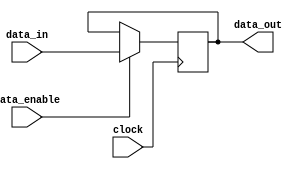
module data_enable_latch (
  input wire clock,
  input wire data_in,
  input wire data_enable,
  output reg data_out
);

always @ (posedge clock) begin
  if (data_enable) begin
    data_out <= data_in;
  end
end

endmodule